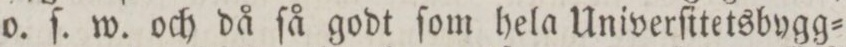
o. ſ. w. och då ſå godt ſom hela Univerſitetsbygg=